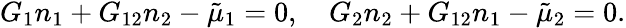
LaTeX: G_{1}n_{1}+G_{12}n_{2}-{\tilde{\mu}_{1}}=0,\quad G_{2}n_{2}+G_{12}n_{1}-{\tilde{\mu}_{2}}=0.